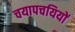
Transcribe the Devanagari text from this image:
चयापचयियों